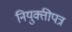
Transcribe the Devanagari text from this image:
नियुक्तीपत्र